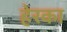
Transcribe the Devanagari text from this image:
हेरका